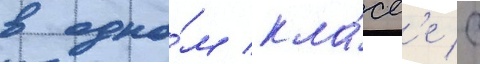
в одно́м кла́сс'е с